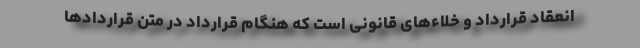
انعقاد قرارداد و خلاءهای قانونی است که هنگام قرارداد در متن قراردادها